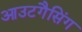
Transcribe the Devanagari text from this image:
आउटगैसिंग